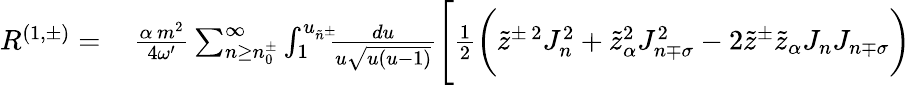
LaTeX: \begin{array}{rl}{R^{(1,\pm)}=}&{{}\, \frac{\alpha\, m^{2}}{4\omega^{\prime}}\sum_{n\geq n_{0}^{\pm}}^{\infty}\int_{1}^{u_{\tilde{n}^{\pm}}}\! \! \! \frac{du}{u\sqrt{u(u-1)}}\Bigg[\frac{1}{2}\bigg(\tilde{z}^{\pm\, 2}J_{n}^{2}+\tilde{z}_{\alpha}^{2}J_{n\mp\sigma}^{2}-2\tilde{z}^{\pm}\tilde{z}_{\alpha}J_{n}J_{n\mp\sigma}\bigg)}\end{array}